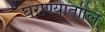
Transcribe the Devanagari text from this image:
घराण्याताील